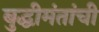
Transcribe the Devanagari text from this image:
बुद्धीमंतांची